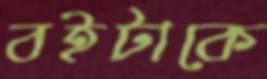
বইটাকে